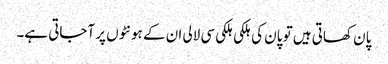
پان کھاتی ہیں تو پان کی ہلکی ہلکی سی لالی ان کے ہونٹوں پر آجاتی ہے۔